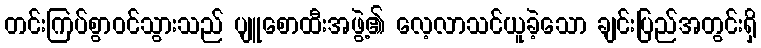
တင်းကြပ်စွာဝင်သွားသည် ပျူစောထီးအဖွဲ့၏ လေ့လာသင်ယူခဲ့သော ချင်းပြည်အတွင်းရှိ